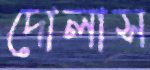
দোলাস